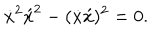
LaTeX: \dot { x } ^ { 2 } \acute { x } ^ { 2 } - ( \dot { x } \acute { x } ) ^ { 2 } = 0 .